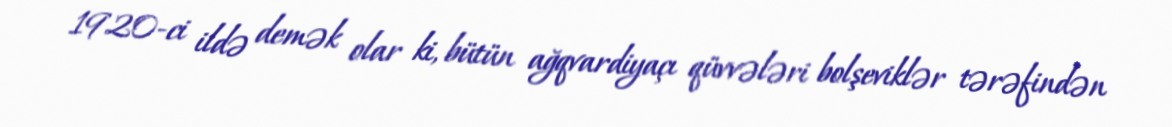
1920-ci ildə demək olar ki, bütün ağqvardiyaçı qüvvələri bolşeviklər tərəfindən